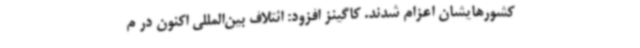
کشورهایشان اعزام شدند. کاگینز افزود: ائتلاف بین‌المللی اکنون در م